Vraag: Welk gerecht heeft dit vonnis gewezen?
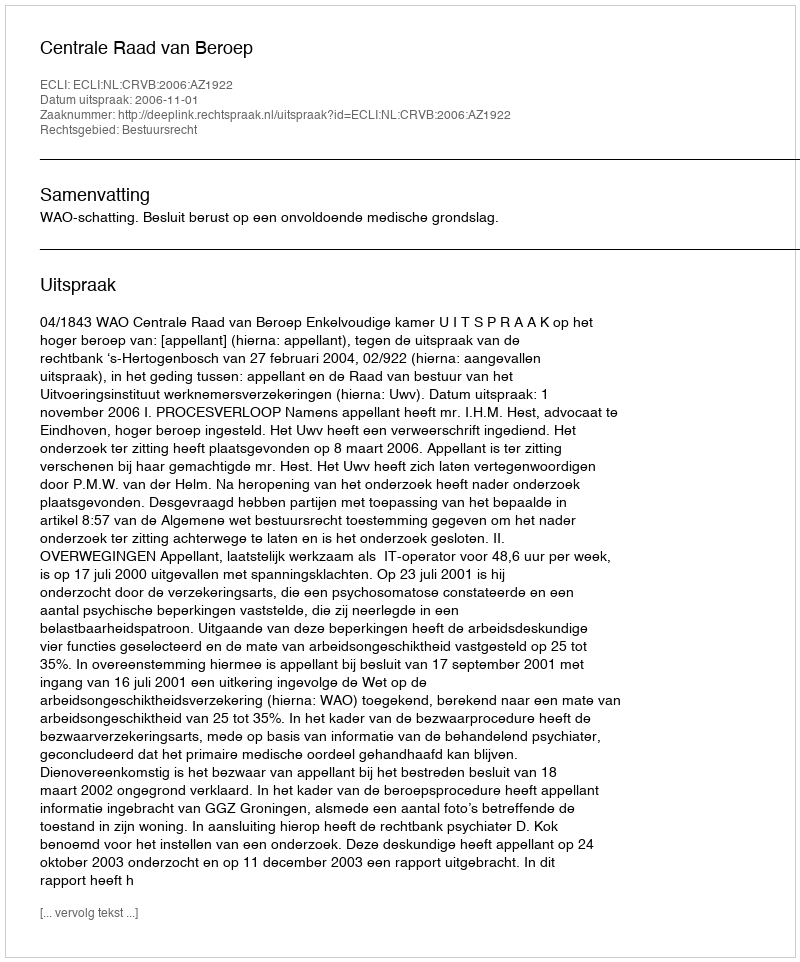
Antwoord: Centrale Raad van Beroep